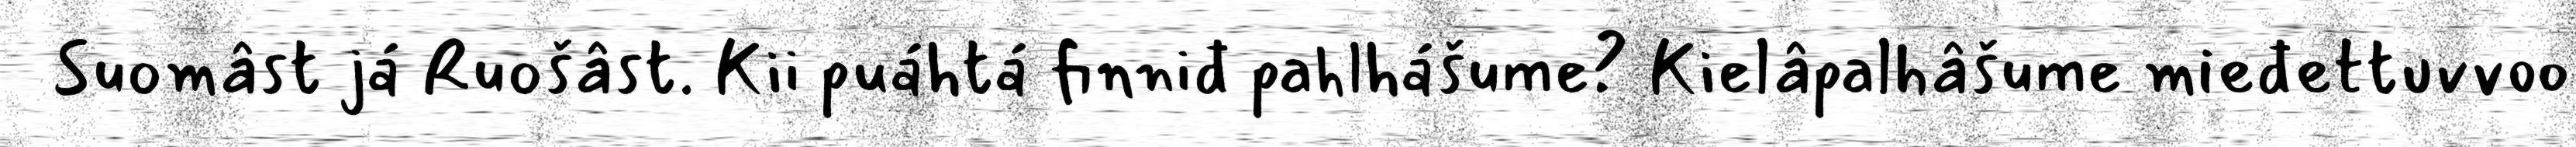
Suomâst já Ruošâst. Kii puáhtá finniđ pahlhášume? Kielâpalhâšume mieđettuvvoo